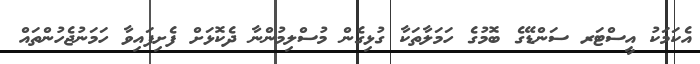
އެކަމަކު އީސްޓަރ ސަންޑޭގެ ބޮމުގެ ހަމަލާތަކާ ގުޅިގެން މުސްލިމުންނާ ދެކޮޅަށް ފެށިފައިވާ ހަމަނުޖެހުންތައް